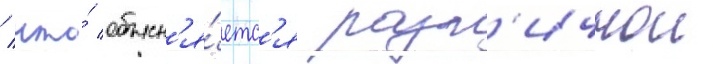
/ что́ объясн'я́етс'я разл'ичнои